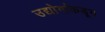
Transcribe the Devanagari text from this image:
उद्योगांकडून